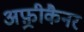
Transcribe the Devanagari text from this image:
अफ़्रीकैनर